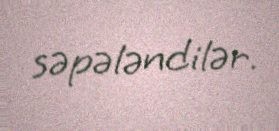
səpələndilər.